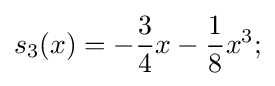
s_{3}(x)=-{\frac {3}{4}}x-{\frac {1}{8}}x^{3};